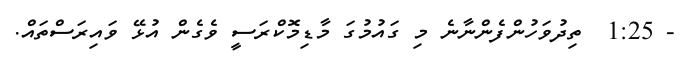
- 1:25  ތިދުވަހުންފެންނާނެ މި ގައުމުގަ މާޑިމޮކްރަސީ ވެގެން އުޅޭ ވައިރަސްތައް.